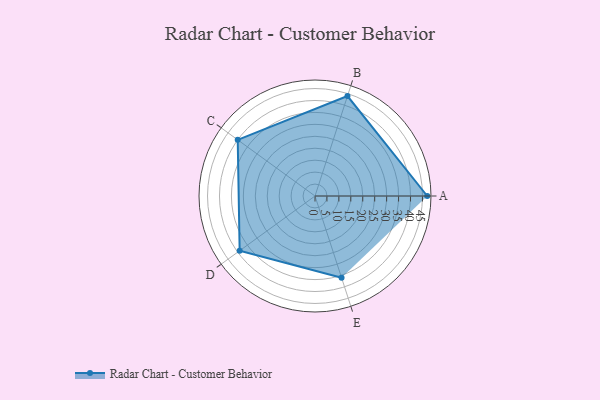
{"axis": {"x": "Skill", "y": "Score"}, "legend": ["Profile"], "data": [{"x": "A", "y": 47.0, "type": "Profile"}, {"x": "B", "y": 44.0, "type": "Profile"}, {"x": "C", "y": 40.0, "type": "Profile"}, {"x": "D", "y": 39.0, "type": "Profile"}, {"x": "E", "y": 36.0, "type": "Profile"}]}